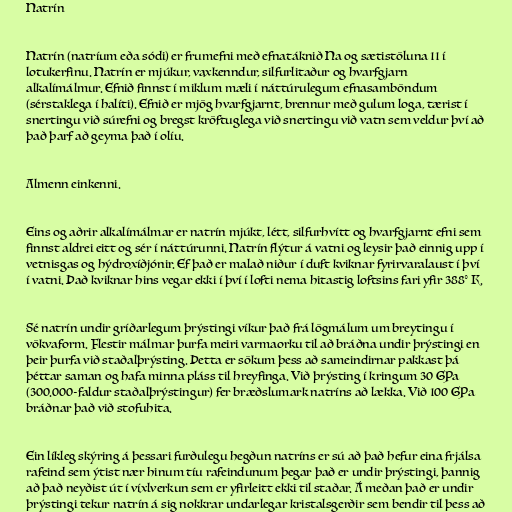
Natrín

Natrín (natríum eða sódi) er frumefni með efnatáknið Na og sætistöluna 11 í
lotukerfinu. Natrín er mjúkur, vaxkenndur, silfurlitaður og hvarfgjarn
alkalímálmur. Efnið finnst í miklum mæli í náttúrulegum efnasamböndum
(sérstaklega í halíti). Efnið er mjög hvarfgjarnt, brennur með gulum loga, tærist í
snertingu við súrefni og bregst kröftuglega við snertingu við vatn sem veldur því að
það þarf að geyma það í olíu.

Almenn einkenni.

Eins og aðrir alkalímálmar er natrín mjúkt, létt, silfurhvítt og hvarfgjarnt efni sem
finnst aldrei eitt og sér í náttúrunni. Natrín flýtur á vatni og leysir það einnig upp í
vetnisgas og hýdroxíðjónir. Ef það er malað niður í duft kviknar fyrirvaralaust í því
í vatni. Það kviknar hins vegar ekki í því í lofti nema hitastig loftsins fari yfir 388° K.

Sé natrín undir gríðarlegum þrýstingi víkur það frá lögmálum um breytingu í
vökvaform. Flestir málmar þurfa meiri varmaorku til að bráðna undir þrýstingi en
þeir þurfa við staðalþrýsting. Þetta er sökum þess að sameindirnar pakkast þá
þéttar saman og hafa minna pláss til hreyfinga. Við þrýsting í kringum 30 GPa
(300.000-faldur staðalþrýstingur) fer bræðslumark natríns að lækka. Við 100 GPa
bráðnar það við stofuhita.

Ein líkleg skýring á þessari furðulegu hegðun natríns er sú að það hefur eina frjálsa
rafeind sem ýtist nær hinum tíu rafeindunum þegar það er undir þrýstingi, þannig
að það neyðist út í víxlverkun sem er yfirleitt ekki til staðar. Á meðan það er undir
þrýstingi tekur natrín á sig nokkrar undarlegar kristalsgerðir sem bendir til þess að